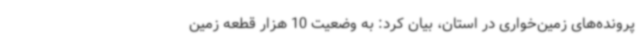
پرونده‌های زمین‌خواری در استان، بیان کرد: به وضعیت 10 هزار قطعه زمین